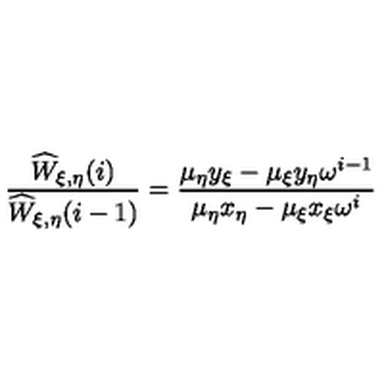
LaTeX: \frac { \widehat { W } _ { \xi , \eta } ( i ) } { \widehat { W } _ { \xi , \eta } ( i - 1 ) } = \frac { \mu _ { \eta } y _ { \xi } - \mu _ { \xi } y _ { \eta } \omega ^ { i - 1 } } { \mu _ { \eta } x _ { \eta } - \mu _ { \xi } x _ { \xi } \omega ^ { i } } \nonumber